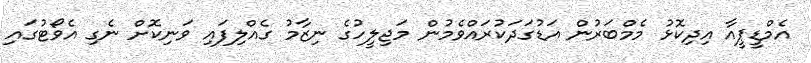
އެމްޑީޕީއާ އިދިކޮޅު މެމްބަރުން އަޑުގަދަކުރައްވެމުން މަޖިލީހުގެ ނިޒާމު ގެއްލިފައި ވަނިކޮށް ނެގި އެވޯޓުގައި